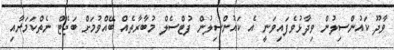
ވާދޫ ކައުންސިލުން ވިދާޅުވެފައިވަނީ އެ ކައުންސިލުން ފުޓްސެލް މުބާރާތެއް ބޭއްވުމަށް ބަޖެޓް ނެތްކަމަށާއި